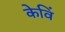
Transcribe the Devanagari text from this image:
केविं